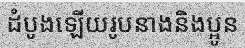
ដំបូងឡើយរូបនាងនិងប្អូន